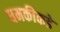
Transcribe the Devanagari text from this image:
धमकीकडे